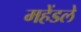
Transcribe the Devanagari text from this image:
महेंडले